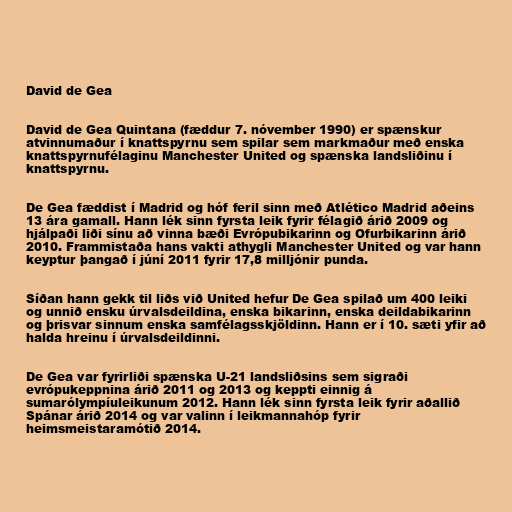
David de Gea

David de Gea Quintana (fæddur 7. nóvember 1990) er spænskur
atvinnumaður í knattspyrnu sem spilar sem markmaður með enska
knattspyrnufélaginu Manchester United og spænska landsliðinu í
knattspyrnu.

De Gea fæddist í Madrid og hóf feril sinn með Atlético Madrid aðeins
13 ára gamall. Hann lék sinn fyrsta leik fyrir félagið árið 2009 og
hjálpaði liði sínu að vinna bæði Evrópubikarinn og Ofurbikarinn árið
2010. Frammistaða hans vakti athygli Manchester United og var hann
keyptur þangað í júní 2011 fyrir 17,8 milljónir punda.

Síðan hann gekk til liðs við United hefur De Gea spilað um 400 leiki
og unnið ensku úrvalsdeildina, enska bikarinn, enska deildabikarinn
og þrisvar sinnum enska samfélagsskjöldinn. Hann er í 10. sæti yfir að
halda hreinu í úrvalsdeildinni.

De Gea var fyrirliði spænska U-21 landsliðsins sem sigraði
evrópukeppnina árið 2011 og 2013 og keppti einnig á
sumarólympíuleikunum 2012. Hann lék sinn fyrsta leik fyrir aðallið
Spánar árið 2014 og var valinn í leikmannahóp fyrir
heimsmeistaramótið 2014.